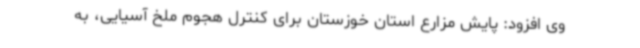
وی افزود: پایش مزارع استان خوزستان برای کنترل هجوم ملخ آسیایی، به